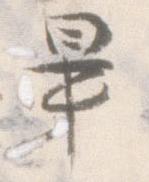
畢